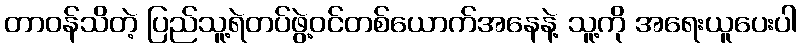
တာဝန်သိတဲ့ ပြည်သူ့ရဲတပ်ဖွဲ့ဝင်တစ်ယောက်အနေနဲ့ သူ့ကို အရေးယူပေးပါ